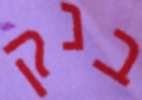
בנק